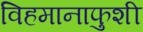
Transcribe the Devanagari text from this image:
विहमानाफुशी